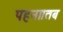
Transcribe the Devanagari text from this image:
पहना।तब